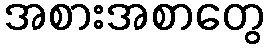
အစားအစာတွေ